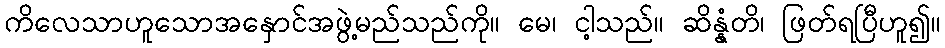
ကိလေသာဟူသောအနှောင်အဖွဲ့မည်သည်ကို။ မေ၊ ငါ့သည်။ ဆိန္နံတိ၊ ဖြတ်ရပြီဟူ၍။